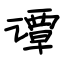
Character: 谭